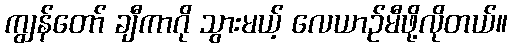
ကျွန်တော် ချီကာဂို သွားမယ့် လေယာဉ်မီဖို့လိုတယ်။